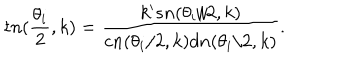
t n ( \frac { \theta _ { i } } { 2 } , k ) = \frac { k ^ { \prime } s n ( \theta _ { i } / 2 , k ) } { c n ( \theta _ { i } / 2 , k ) d n ( \theta _ { i } / 2 , k ) } .